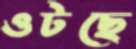
ওটছে